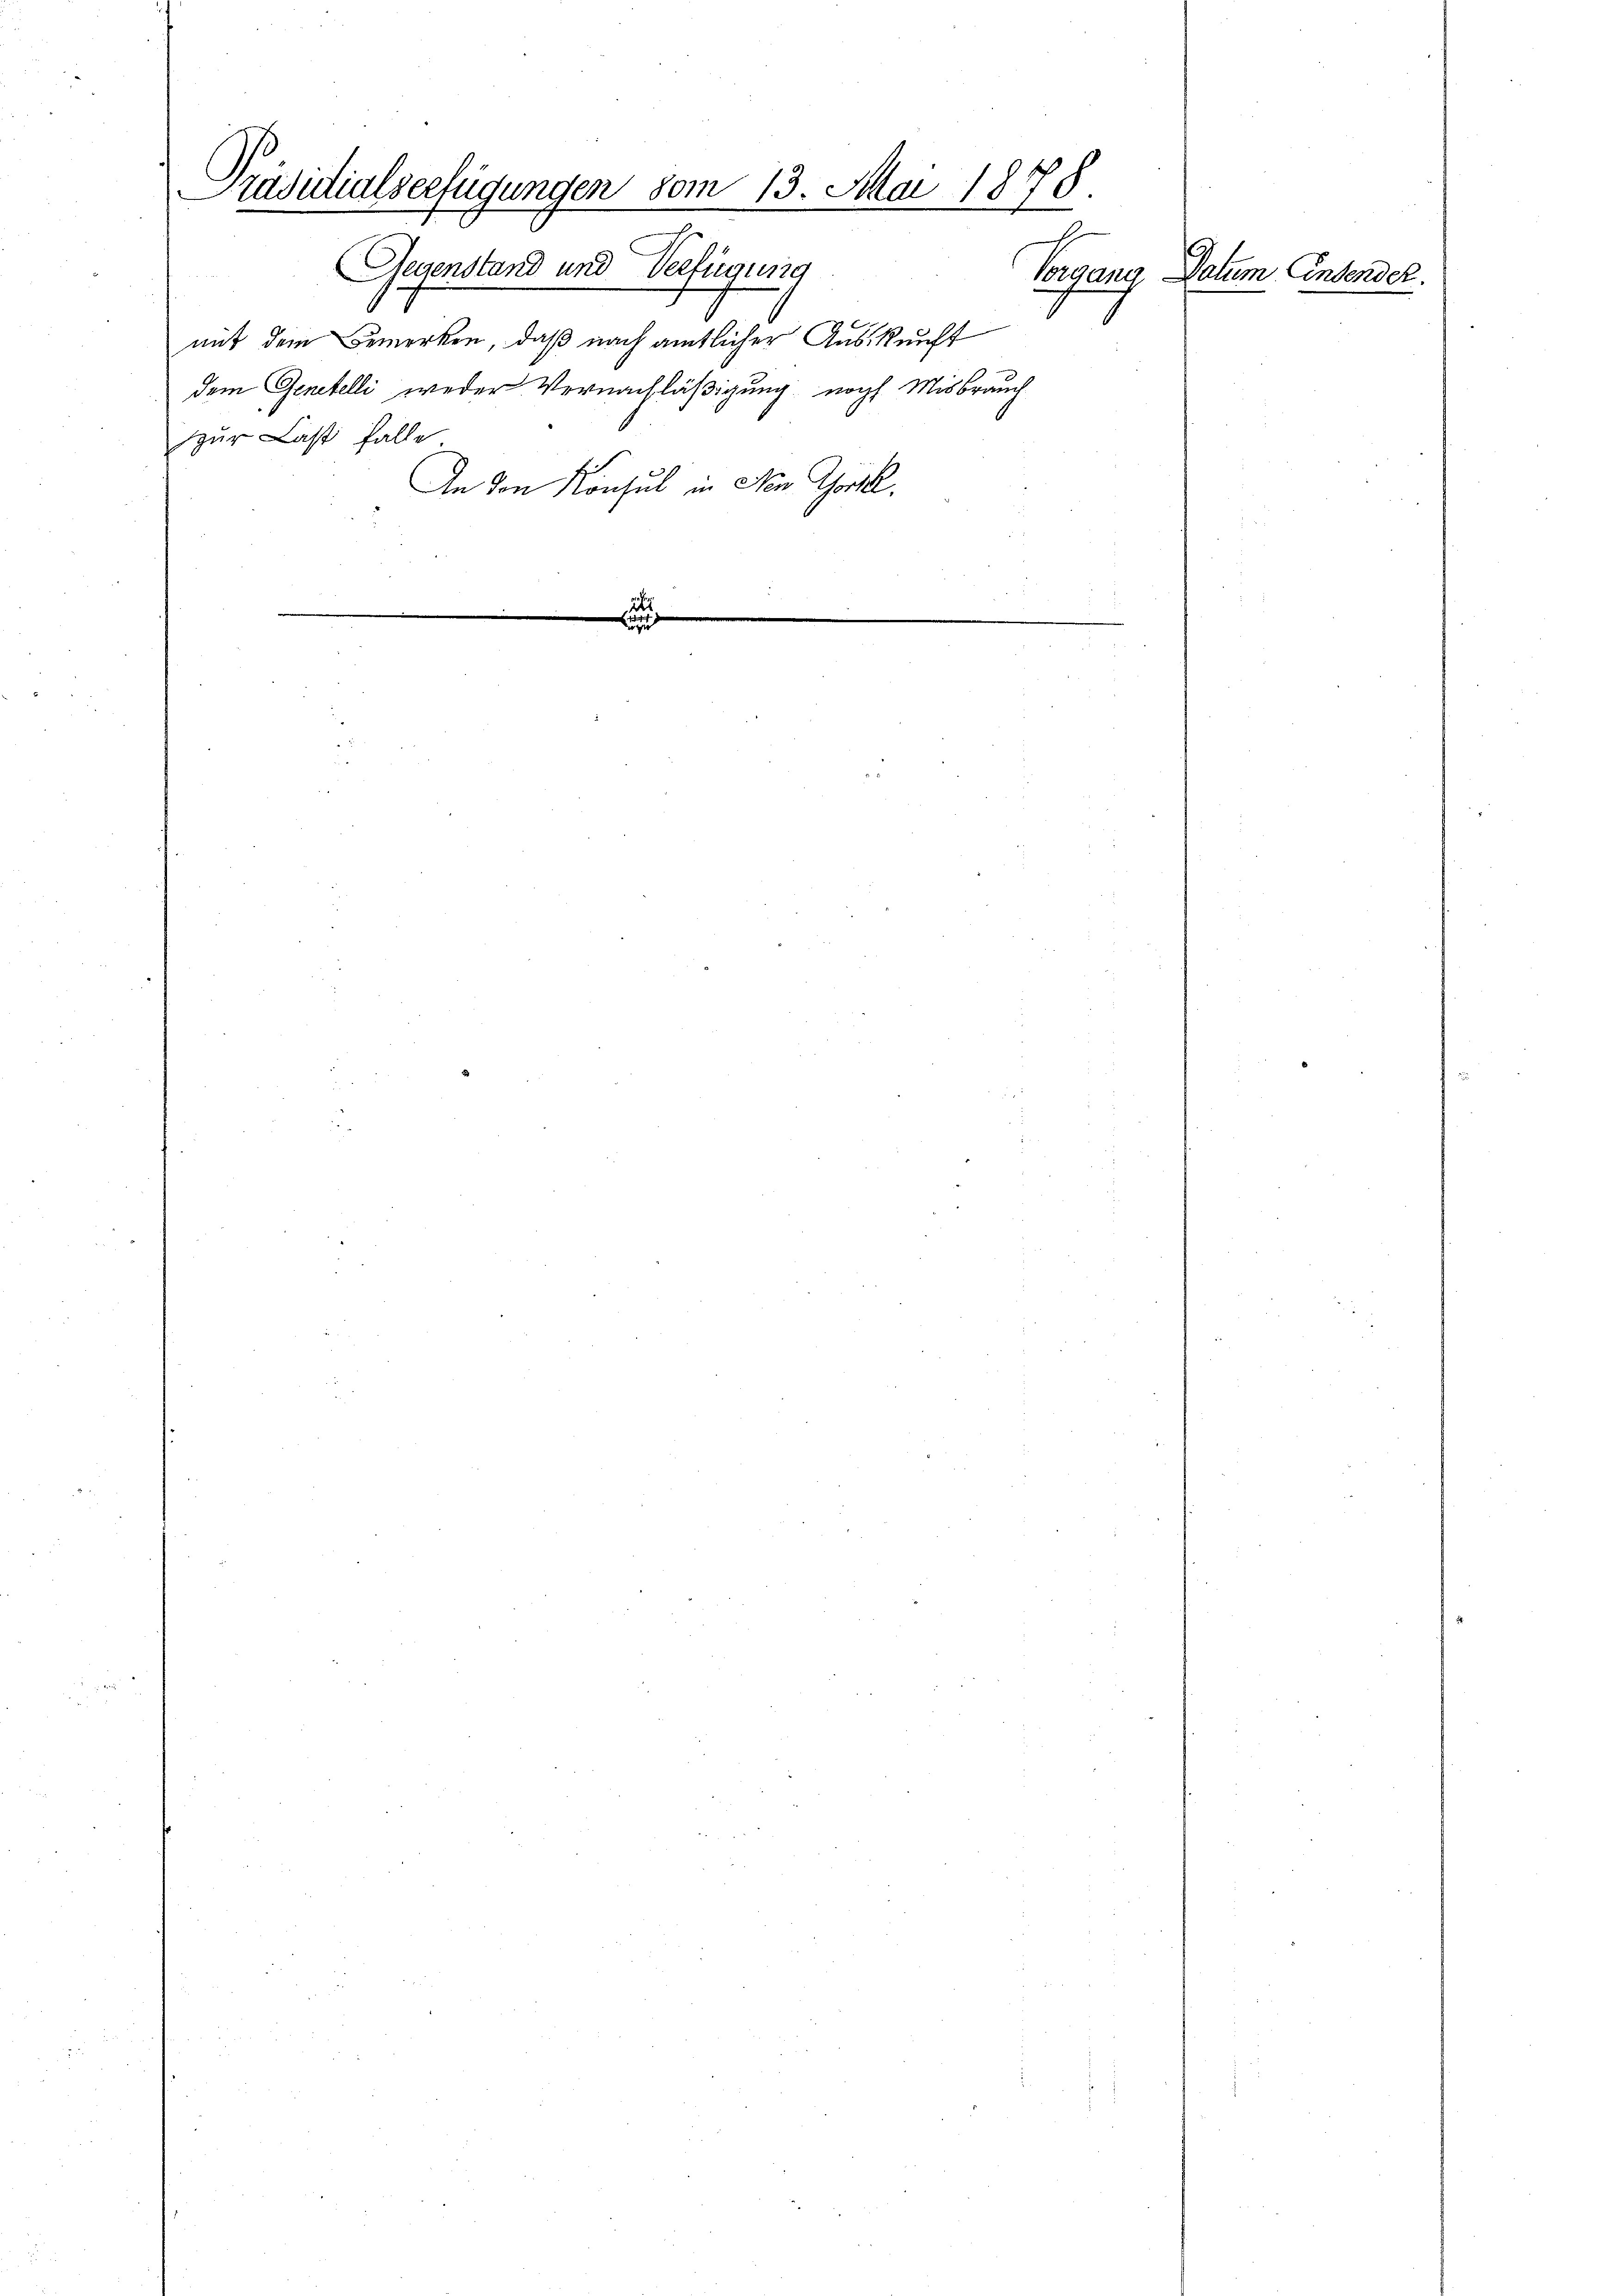
Präsidialserfügungen vom 13. Mai 1878.
2
Gegenstand und Verfügung

mit dem Bemerken, daß nach amtlicher Auskunft
dem Genehelli weder Vernachläßigung noch Misbrauch
zur Last falle
An den Konsul in Nein Gottl.

Vorgang Datum Einsender.